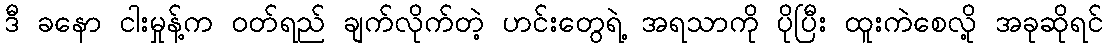
ဒီ ခနော ငါးမှုန့်က ဝတ်ရည် ချက်လိုက်တဲ့ ဟင်းတွေရဲ့ အရသာကို ပိုပြီး ထူးကဲစေလို့ အခုဆိုရင်